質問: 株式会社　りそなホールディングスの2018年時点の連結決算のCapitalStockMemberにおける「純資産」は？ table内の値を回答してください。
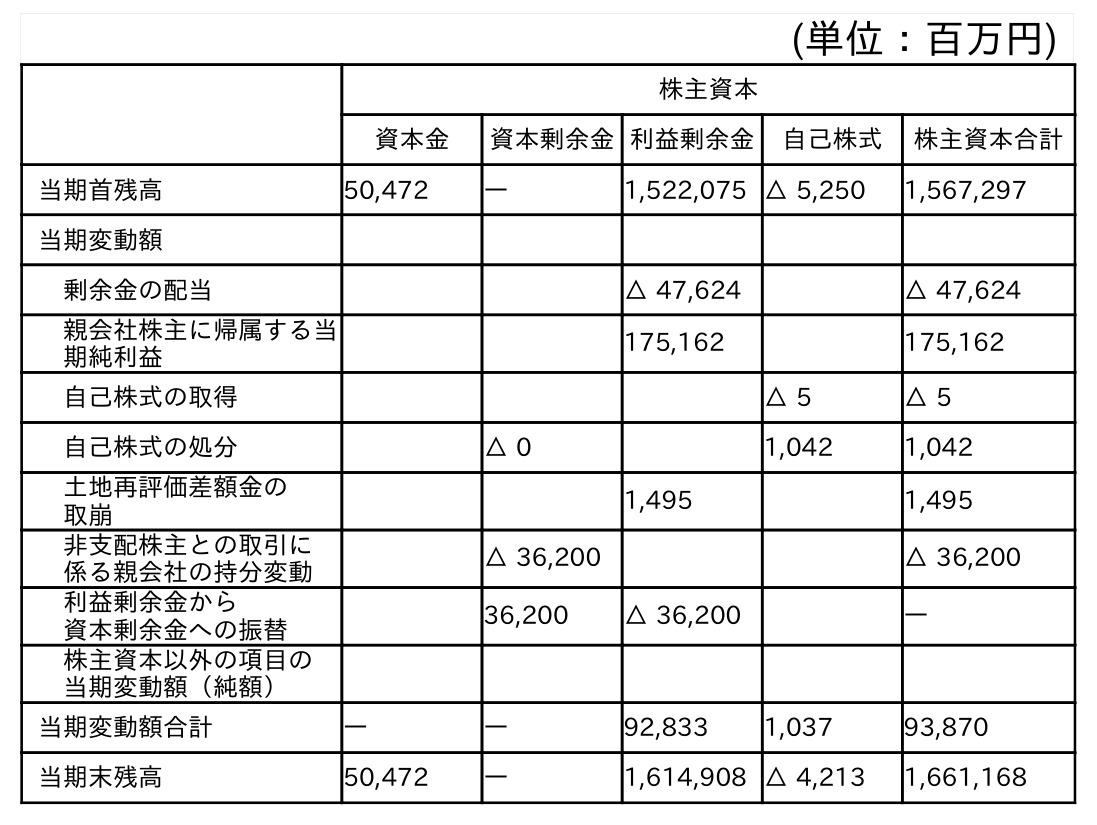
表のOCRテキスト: (単位：百万円) 株主資本 資本金 資本剰余金利益剰余金 自己株式 株主資本合計 当期首残高 50,472 ― 1,522,075 △ 5,250 1,567,297 当期変動額 剰余金の配当 △ 47,624 △ 47,624 親会社株主に帰属する当 期純利益 175,162 175,162 自己株式の取得 △ 5 △ 5 自己株式の処分 △ 0 1,042 1,042 土地再評価差額金の 取崩 1,495 1,495 非支配株主との取引に 係る親会社の持分変動 △ 36,200 △ 36,200 利益剰余金から 資本剰余金への振替 36,200 △ 36,200 ― 株主資本以外の項目の 当期変動額（純額） 当期変動額合計 ― ― 92,833 1,037 93,870 当期末残高 50,472 ― 1,614,908 △ 4,213 1,661,168
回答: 50,472